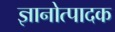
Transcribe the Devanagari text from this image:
ज्ञानोत्पादक